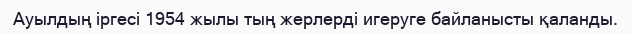
Ауылдың іргесі 1954 жылы тың жерлерді игеруге байланысты қаланды.